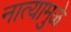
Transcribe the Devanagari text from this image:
नात्यामुळे